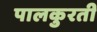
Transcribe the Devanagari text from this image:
पालकुरती